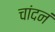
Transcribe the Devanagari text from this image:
चांदनं